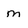
Character: m